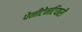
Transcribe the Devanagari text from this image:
पेनीटेनटियारी